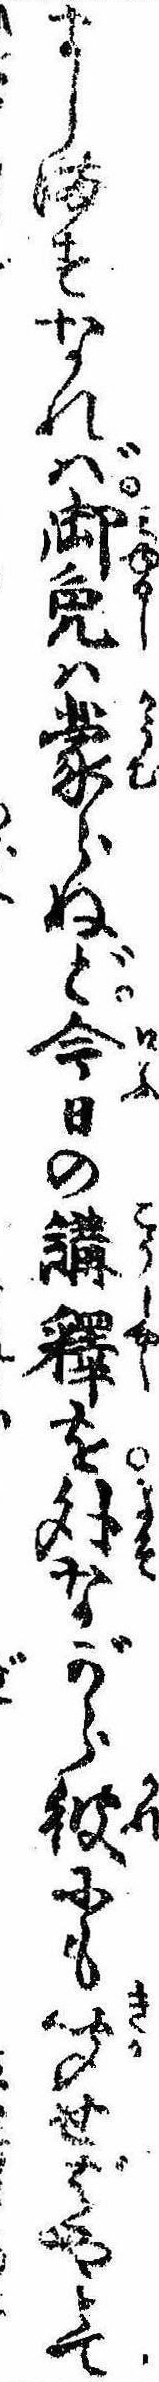
ましますなれば御免は蒙らねど今日の講釈を外ながら彼にも聞せばやとて